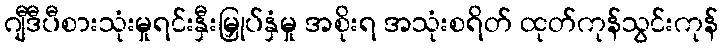
ဂျီဒီပီစားသုံးမှုရင်းနှီးမြှုပ်နှံမှု အစိုးရ အသုံးစရိတ် ထုတ်ကုန်သွင်းကုန်